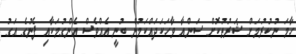
ހާމަ ނުކުރުމަށް ޝަރުތުކޮށް ސަންއާ ވާހަކަދައްކަމުން ބުނީ އެއްވެސް އެންގުމަކާއި ފެނުގެ އަގު